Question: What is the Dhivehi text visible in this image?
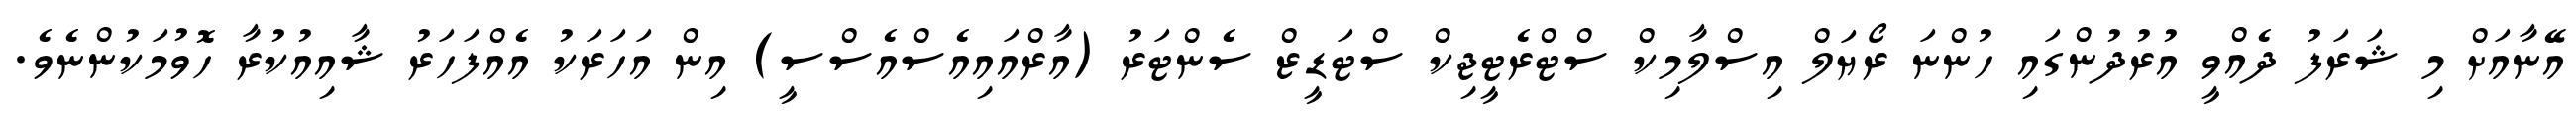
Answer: އޭނާއަށް މި ޝަރަފު ދެއްވީ އުރުދުންގައި ހުންނަ ރޯޔަލް އިސްލާމިކް ސްޓްރެޓީޖިކް ސްޓަޑީޒް ސެންޓަރު (އާރްއައިއެސްއެސްސީ) އިން އަހަރަކު އެއްފަހަރު ޝާއިއުކުރާ ހޮވުމަކުންނެވެ.